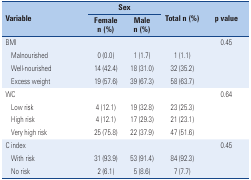
<table><thead><tr><td rowspan="2" colspan="2"><b>Variable</b></td><td colspan="2"><b>Sex</b></td><td rowspan="2"><b>Total n (%)</b></td><td rowspan="2"><b>p value</b></td></tr><tr><td><b>Female n (%)</b></td><td><b>Male n (%)</b></td></tr></thead><tbody><tr><td colspan="5">BMI</td><td>0.45</td></tr><tr><td></td><td>Malnourished</td><td>0 (0.0)</td><td>1 (1.7)</td><td>1 (1.1)</td><td></td></tr><tr><td></td><td>Well-nourished</td><td>14 (42.4)</td><td>18 (31.0)</td><td>32 (35.2)</td><td></td></tr><tr><td></td><td>Excess weight</td><td>19 (57.6)</td><td>39 (67.3)</td><td>58 (63.7)</td><td></td></tr><tr><td colspan="5">WC</td><td>0.64</td></tr><tr><td></td><td>Low risk</td><td>4 (12.1)</td><td>19 (32.8)</td><td>23 (25.3)</td><td></td></tr><tr><td></td><td>High risk</td><td>4 (12.1)</td><td>17 (29.3)</td><td>21 (23.1)</td><td></td></tr><tr><td></td><td>Very high risk</td><td>25 (75.8)</td><td>22 (37.9)</td><td>47 (51.6)</td><td></td></tr><tr><td colspan="5">C index</td><td>0.45</td></tr><tr><td></td><td>With risk</td><td>31 (93.9)</td><td>53 (91.4)</td><td>84 (92.3)</td><td></td></tr><tr><td></td><td>No risk</td><td>2 (6.1)</td><td>5 (8.6)</td><td>7 (7.7)</td><td></td></tr></tbody></table>